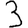
Digit: 3